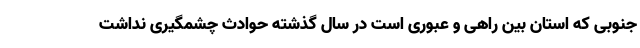
جنوبی که استان بین راهی و عبوری است در سال گذشته حوادث چشمگیری نداشت